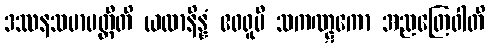
ဒဿနသမာပတ္တီတိ ယထာနိန္နံ ဧဝရူပီ သကဏ္ဋကော အညတြေဝါတိ